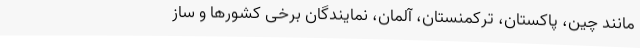
مانند چین، پاکستان، ترکمنستان، آلمان، نمایندگان برخی کشورها و ساز